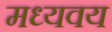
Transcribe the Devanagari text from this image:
मध्यवय